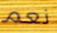
نعم